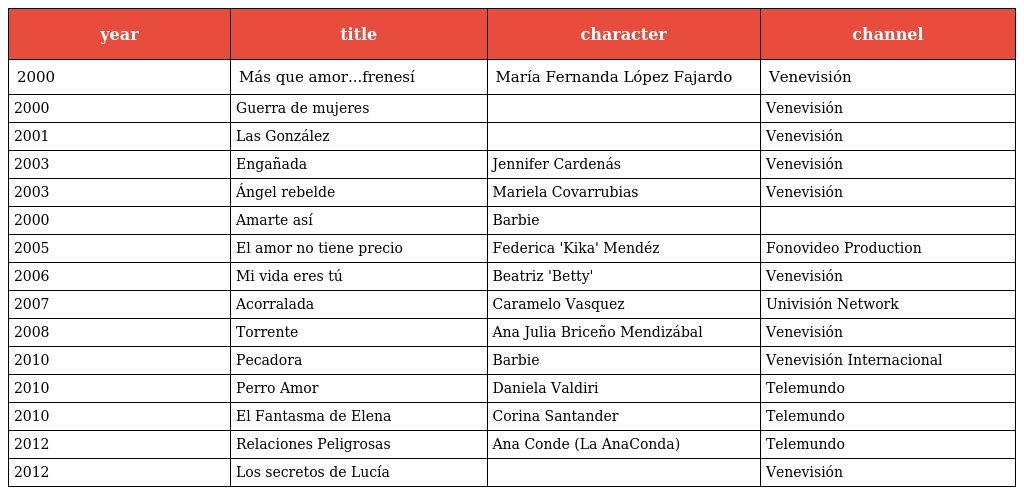
| year | title | character | channel |
 | --- | --- | --- | --- |
 | 2000 | Más que amor...frenesí | María Fernanda López Fajardo | Venevisión |
 | 2000 | Guerra de mujeres |  | Venevisión |
 | 2001 | Las González |  | Venevisión |
 | 2003 | Engañada | Jennifer Cardenás | Venevisión |
 | 2003 | Ángel rebelde | Mariela Covarrubias | Venevisión |
 | 2000 | Amarte así | Barbie |  |
 | 2005 | El amor no tiene precio | Federica 'Kika' Mendéz | Fonovideo Production |
 | 2006 | Mi vida eres tú | Beatriz 'Betty' | Venevisión |
 | 2007 | Acorralada | Caramelo Vasquez | Univisión Network |
 | 2008 | Torrente | Ana Julia Briceño Mendizábal | Venevisión |
 | 2010 | Pecadora | Barbie | Venevisión Internacional |
 | 2010 | Perro Amor | Daniela Valdiri | Telemundo |
 | 2010 | El Fantasma de Elena | Corina Santander | Telemundo |
 | 2012 | Relaciones Peligrosas | Ana Conde (La AnaConda) | Telemundo |
 | 2012 | Los secretos de Lucía |  | Venevisión |